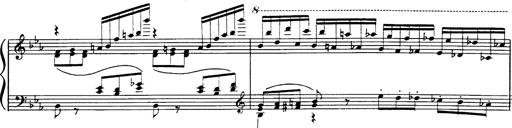
Title: Danza sacra e duetto finale dâ€™Aida
Composer: Franz Liszt